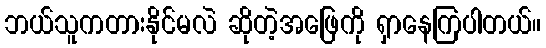
ဘယ်သူကတားနိုင်မလဲ ဆိုတဲ့အဖြေကို ရှာနေကြပါတယ်။